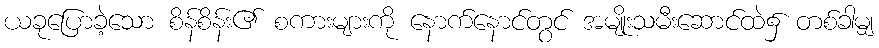
ယခုပြောခဲ့သော စိန်စိန်း၏ စကားများကို နောက်နောင်တွင် အမျိုးသမီးဆောင်ထဲ၌ တစ်ခါမျှ